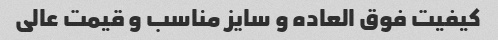
کیفیت فوق العاده و سایز مناسب و قیمت عالی